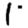
Digit: 1